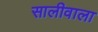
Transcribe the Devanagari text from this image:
सालीवाला